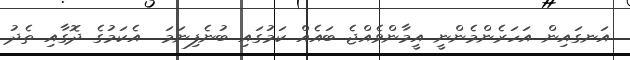
އަނގައިން އަހަރެންމެންނީ އީމާންވެއްޖެ ބައެއް ކަމުގައި ބުނެފިނަމަ  އެކަމުގެ ދޮގާއި ތެދު